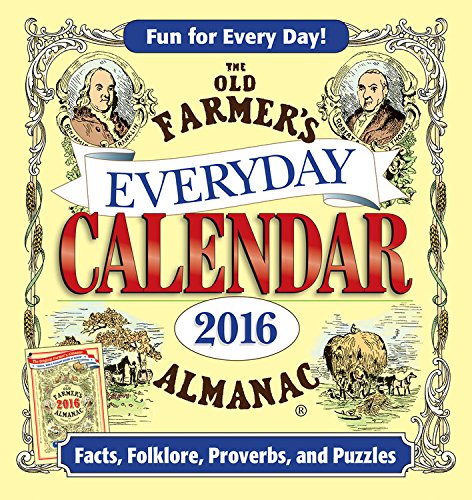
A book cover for The Old Farmer's Almanac 2016 Everyday Calendar; Old FarmerEEs Almanac; Reference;